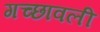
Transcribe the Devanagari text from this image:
गच्छावली